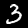
Digit: 3